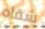
شفاه